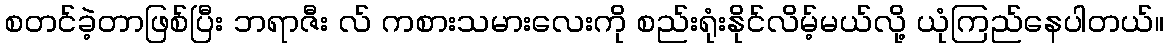
စတင်ခဲ့တာဖြစ်ပြီး ဘရာဇီး လ် ကစားသမားလေးကို စည်းရုံးနိုင်လိမ့်မယ်လို့ ယုံကြည်နေပါတယ်။